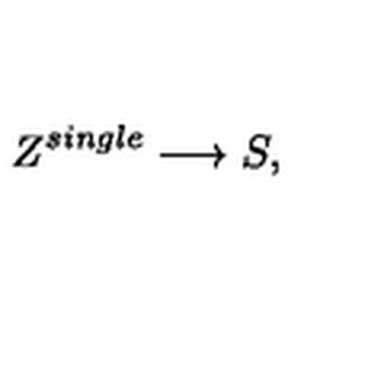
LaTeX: Z ^ { s i n g l e } \longrightarrow S ,